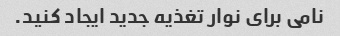
نامی برای نوار تغذیه جدید ایجاد کنید.